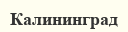
Калининград